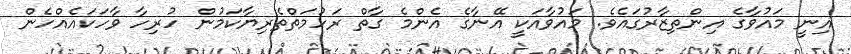
އިނީ މައުވާގެ އިންތިޒާރުގައެވެ. މައުވާއަކީ އޭނާގެ އެންމެ ގާތް ރަހުމަތްތެރިޔާކަމުން ހުރިހާ ވާހަކައެއްހެން